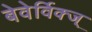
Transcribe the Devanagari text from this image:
बेवेर्विक्ज्